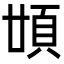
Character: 𩑪